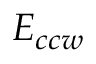
E _ { c c w }